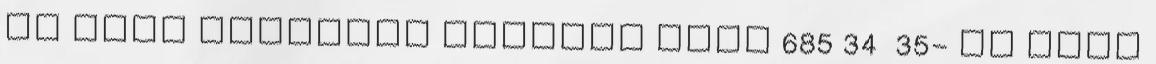
ös LÁNY GYÖNYÖRŰ ALKALMI CIPŐ 685 34 35- ös LÁNY